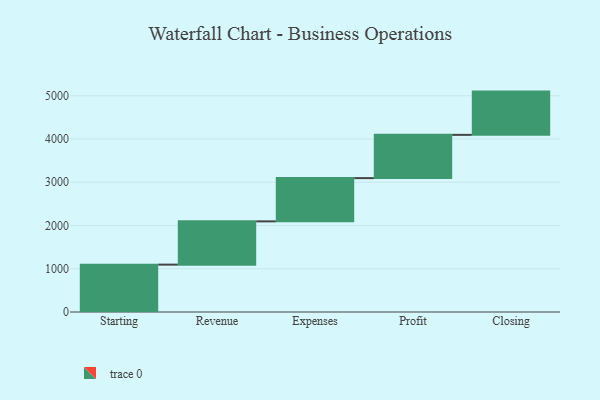
{"axis": {"x": "Step", "y": "Value"}, "legend": [""], "data": [{"x": "Starting", "y": 1095.0, "type": ""}, {"x": "Revenue", "y": 1000, "type": ""}, {"x": "Expenses", "y": 1000, "type": ""}, {"x": "Profit", "y": 1000, "type": ""}, {"x": "Closing", "y": 1000, "type": ""}]}